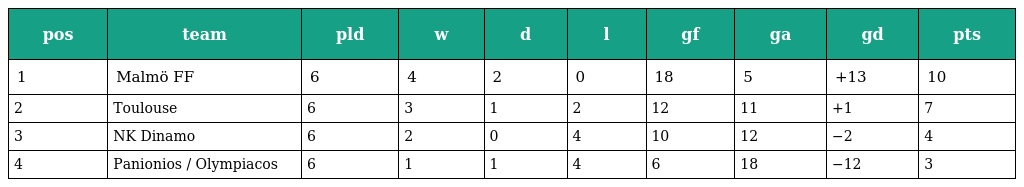
| pos | team | pld | w | d | l | gf | ga | gd | pts |
 | --- | --- | --- | --- | --- | --- | --- | --- | --- | --- |
 | 1 | Malmö FF | 6 | 4 | 2 | 0 | 18 | 5 | +13 | 10 |
 | 2 | Toulouse | 6 | 3 | 1 | 2 | 12 | 11 | +1 | 7 |
 | 3 | NK Dinamo | 6 | 2 | 0 | 4 | 10 | 12 | −2 | 4 |
 | 4 | Panionios / Olympiacos | 6 | 1 | 1 | 4 | 6 | 18 | −12 | 3 |